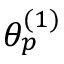
\theta _ { p } ^ { ( 1 ) }